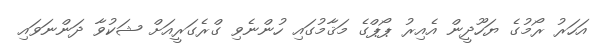
އަހަރު ރޯމުގެ ޔަހޫދީން އެއިރު ޕޯޕްގެ މަޤާމުގައި ހުންނެވި ގްރެގަރީއަށް ޝަކުވާ ދަންނަވައި